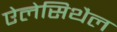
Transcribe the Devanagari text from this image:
ऐलेसिथैल